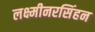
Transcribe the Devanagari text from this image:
लक्ष्मीनरसिंहन